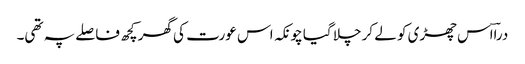
دراؔاس چھڑی کو لے کر چلا گیا چونکہ اس عورت کی گھر کچھ فاصلے پہ تھی۔